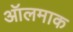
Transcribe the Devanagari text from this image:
ऑलमाक